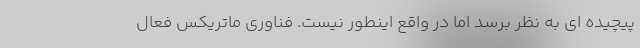
پیچیده ای به نظر برسد اما در واقع اینطور نیست. فناوری ماتریکس فعال